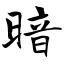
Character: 暗